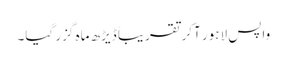
واپس لاہور آکر تقریباً ڈیڑھ ماہ گزر گیا۔